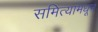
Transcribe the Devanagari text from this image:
समित्यांमधून